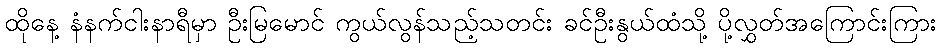
ထိုနေ့ နံနက်ငါးနာရီမှာ ဦးမြမောင် ကွယ်လွန်သည့်သတင်း ခင်ဦးနွယ်ထံသို့ ပို့လွှတ်အကြောင်းကြား